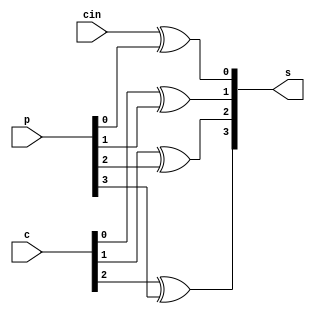
// sum.v

module sum(cin, c, p, s);

    input cin;
    input [2:0] c;
    input [3:0] p;

    output [3:0] s;

    xor(s[0], cin,  p[0]);
    xor(s[1], c[0], p[1]);
    xor(s[2], c[1], p[2]);
    xor(s[3], c[2], p[3]);

endmodule